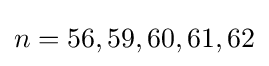
n=56,59,60,61,62